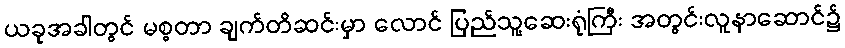
ယခုအခါတွင် မစ္စတာ ချက်တိဆင်းမှာ လောင် ပြည်သူ့ဆေးရုံကြီး အတွင်းလူနာဆောင်၌